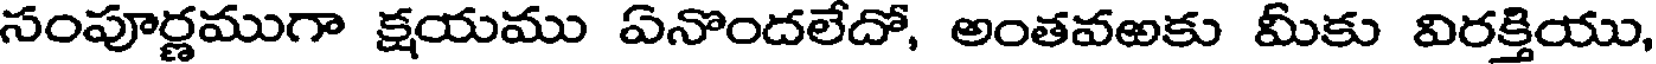
సంపూర్ణముగా క్షయము ఏనొందలేదో, అంతవఱకు మీకు విరక్తియు,